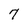
Character: 7